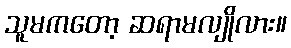
သူမကတော့ ဆရာမလျိုလား။